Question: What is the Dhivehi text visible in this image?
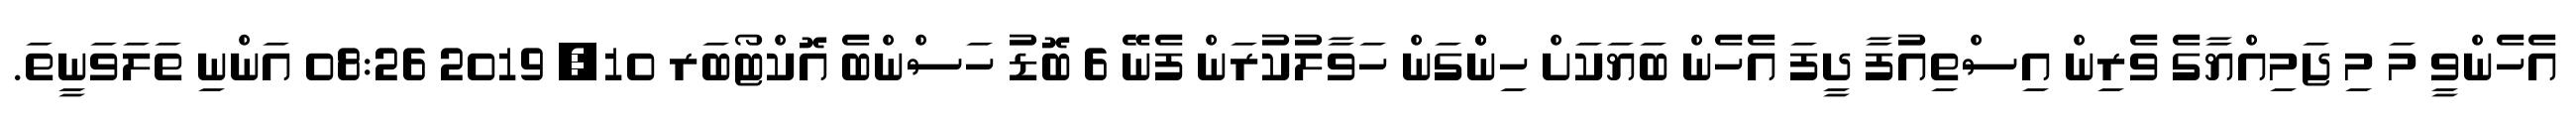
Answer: އެހެންވީ މަ މި ޖަމިއްޔާގެ ވެރިން އިސްތިއުފާ ދީފަ އެހެން ބަޔަކަށް ހިންްގަން ހަވާލުކުރަން ފެނޭ 6 ބޮޑު ހަސްންބެ އޮކްޓޯބަރ 10, 2019 08:26 އަންނި ތަލަވަނީތަ.